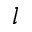
l